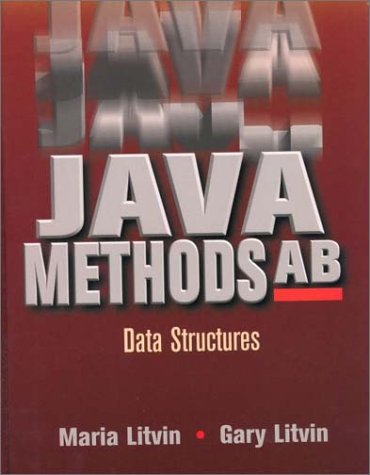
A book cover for Java Methods AB: Data Structures; Maria Litvin; Children's Books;